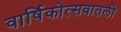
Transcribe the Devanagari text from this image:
वार्षिकोत्सवातली